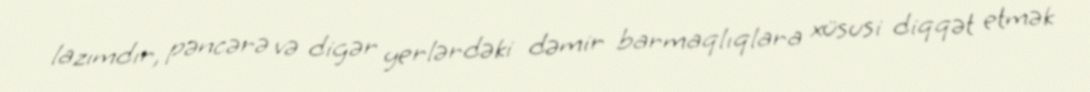
lazımdır, pəncərə və digər yerlərdəki dəmir barmaqlıqlara xüsusi diqqət etmək